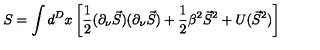
S = \int d ^ { D } x \left[ \frac 1 2 ( \partial _ { \nu } \vec { S } ) ( \partial _ { \nu } \vec { S } ) + \frac 1 2 \beta ^ { 2 } \vec { S } ^ { 2 } + U ( \vec { S } ^ { 2 } ) \right]